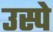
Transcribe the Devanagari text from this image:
उस्पे